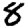
Digit: 8